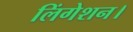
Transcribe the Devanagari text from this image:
लिंगेशन।